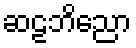
ဆဠဘိညော